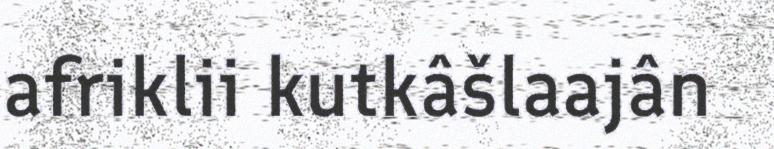
afriklii kutkâšlaajân